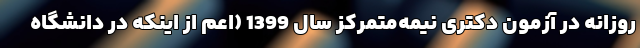
روزانه در آزمون دکتری نیمه‌متمرکز سال 1399 (اعم از اینکه در دانشگاه